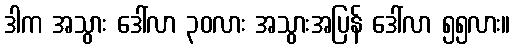
ဒါက အသွား ဒေါ်လာ ၃၀လား အသွားအပြန် ဒေါ်လာ ၅၅လား။